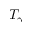
T _ { \gamma }